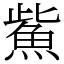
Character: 鮆